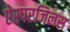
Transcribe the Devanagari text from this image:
ऐस्परजिलस